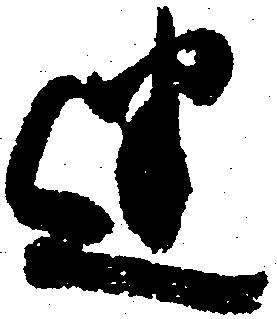
迷